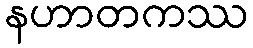
နဟာတကဿ